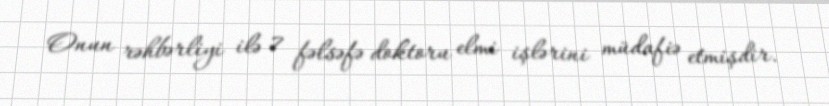
Onun rəhbərliyi ilə 7 fəlsəfə doktoru elmi işlərini müdafiə etmişdir.